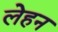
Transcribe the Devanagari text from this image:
लेहन